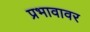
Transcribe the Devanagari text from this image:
प्रभावावर